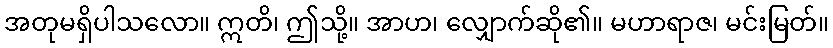
အတုမရှိပါသလော။ ဣတိ၊ ဤသို့။ အာဟ၊ လျှောက်ဆို၏။ မဟာရာဇ၊ မင်းမြတ်။